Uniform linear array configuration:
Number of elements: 8
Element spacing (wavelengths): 0.75
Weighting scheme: binomial
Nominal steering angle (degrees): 60
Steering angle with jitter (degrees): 60.211
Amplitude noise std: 0.05
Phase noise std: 0.05

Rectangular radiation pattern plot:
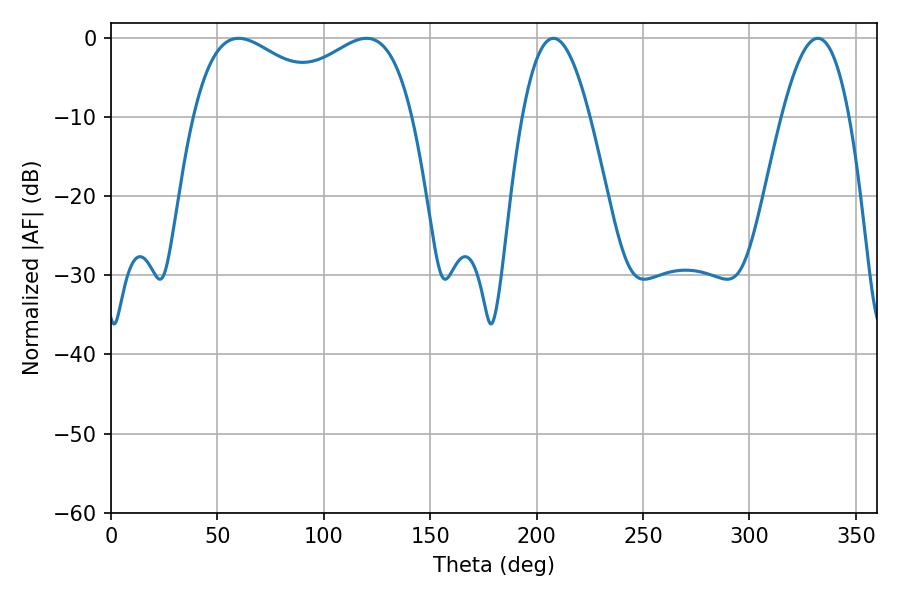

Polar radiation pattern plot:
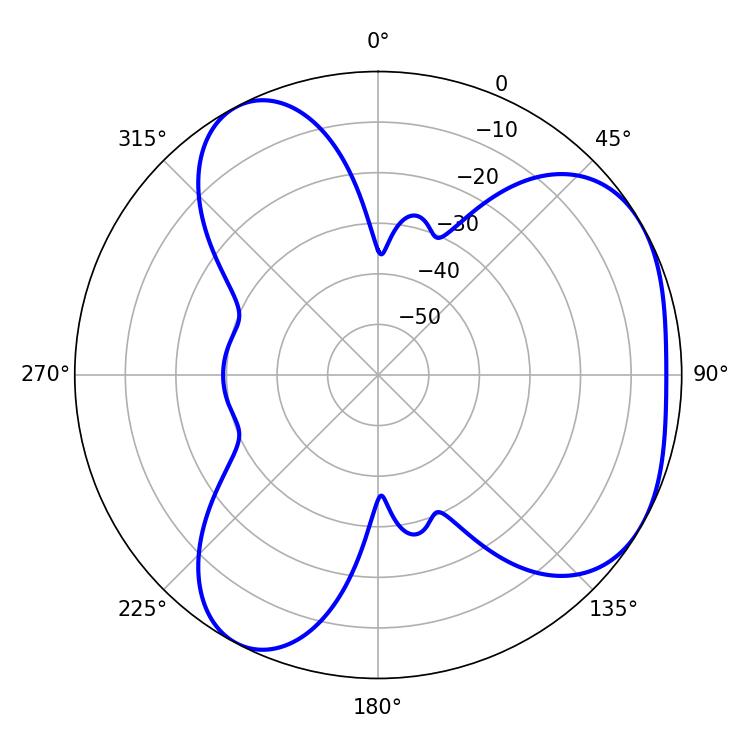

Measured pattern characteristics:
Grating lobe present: TRUE
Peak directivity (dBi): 4.219
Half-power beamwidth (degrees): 40.5
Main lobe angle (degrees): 59.94